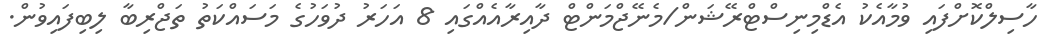
ހާސިލްކޮށްފައި ވުމާއެކު އެޑްމިނިސްޓްރޭޝަން/މެނޭޖްމަންޓް ދާއިރާއެއްގައި 8 އަހަރު ދުވަހުގެ މަސައްކަތު ތަޖްރިބާ ލިބިފައިވުން.